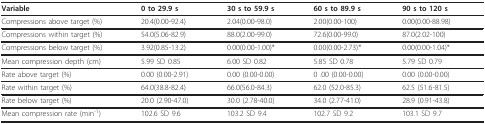
<table><thead><tr><td><b>Variable</b></td><td><b>0 to 29.9 s</b></td><td><b>30 s to 59.9 s</b></td><td><b>60 s to 89.9 s</b></td><td><b>90 s to 120 s</b></td></tr></thead><tbody><tr><td>Compressions above target (%)</td><td>20.4(0.00-92.4)</td><td>2.04(0.00-98.0)</td><td>2.00(0.00-100)</td><td>0.00(0.00-88.98)</td></tr><tr><td>Compressions within target (%)</td><td>54.0(5.06-82.9)</td><td>88.0(2.00-99.0)</td><td>72.6(0.00-99.0)</td><td>87.0(2.02-100)</td></tr><tr><td>Compressions below target (%)</td><td>3.92(0.85-13.2)</td><td>0.00(0.00-1.00)*</td><td>0.00(0.00-2.73)*</td><td>0.00(0.00-1.04)*</td></tr><tr><td>Mean compression depth (cm)</td><td>5.99 SD 0.85</td><td>6.00 SD 0.82</td><td>5.85 SD 0.78</td><td>5.79 SD 0.79</td></tr><tr><td>Rate above target (%)</td><td>0.00 (0.00-2.91)</td><td>0.00 (0.00-0.00)</td><td>0 .00 (0.00-0.00)</td><td>0.00 (0.00-0.00)</td></tr><tr><td>Rate within target (%)</td><td>64.0(38.8-82.4)</td><td>66.0(56.0-84.3)</td><td>62.0 (52.0-85.3)</td><td>62.5 (51.6-81.5)</td></tr><tr><td>Rate below target (%)</td><td>20.0 (2.90-47.0)</td><td>30.0 (2.78-40.0)</td><td>34.0 (2.77-41.0)</td><td>28.9 (0.91-43.8)</td></tr><tr><td>Mean compression rate (min<sup>-1</sup>)</td><td>102.6 SD 9.6</td><td>103.2 SD 9.4</td><td>102.7 SD 9.2</td><td>103.1 SD 9.7</td></tr></tbody></table>